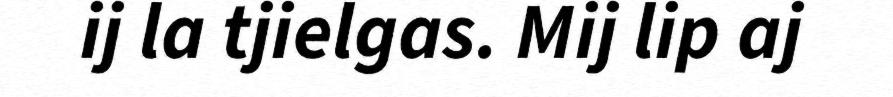
ij la tjielgas. Mij lip aj